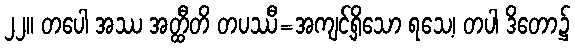
၂၂။ တပေါ အဿ အတ္ထီတိ တပဿီ=အကျင့်ရှိသော ရသေ့၊ တပါ ဒိတော၌